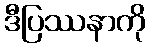
ဒီပြဿနာကို